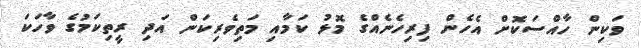
ވަކިން ހާއްސަކޮށް އެހެން ފިރިހެނެއްގެ މޮޅު ކަމާއި މަތިވެރިކަން އަދި ރީތިކަމުގެ ވާހަކަ